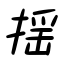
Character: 揺